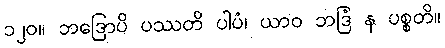
၁၂၀။ ဘဒြောပိ ပဿတိ ပါပံ၊ ယာဝ ဘဒြံ န ပစ္စတိ။